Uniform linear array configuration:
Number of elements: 32
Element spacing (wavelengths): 0.5
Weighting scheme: exponential
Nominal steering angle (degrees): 0
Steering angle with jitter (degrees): -1.836
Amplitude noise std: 0.05
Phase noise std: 0.05

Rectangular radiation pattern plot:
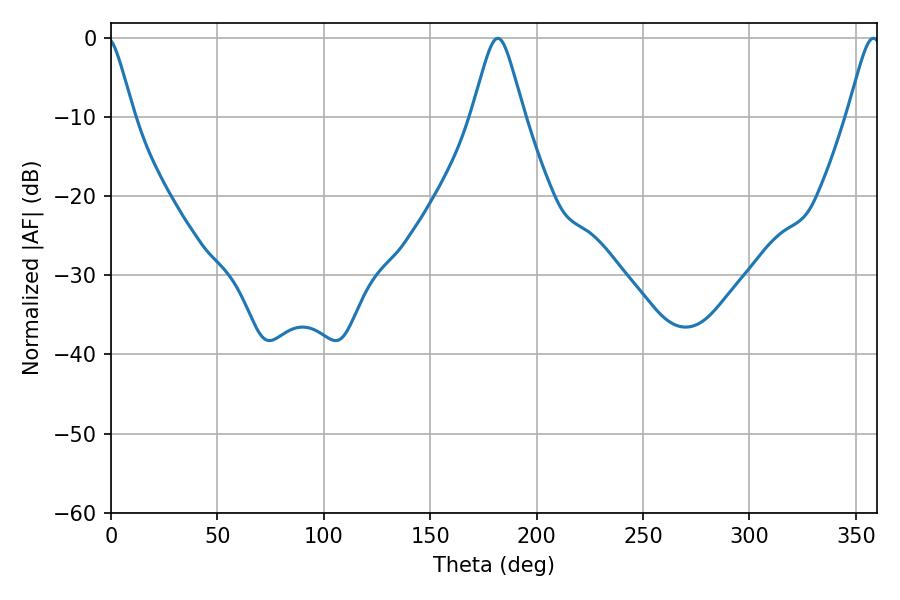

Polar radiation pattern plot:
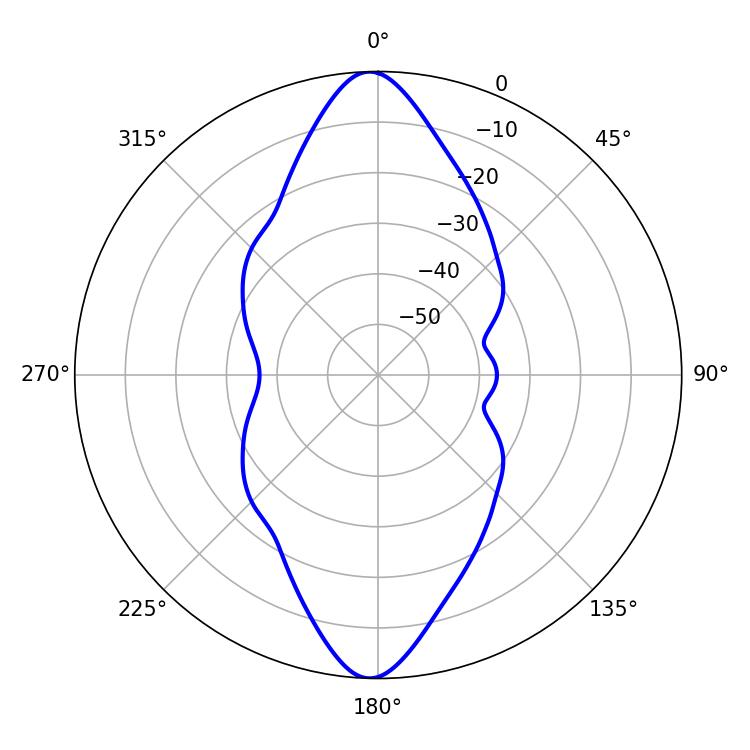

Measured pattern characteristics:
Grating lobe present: FALSE
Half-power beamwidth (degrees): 11.7
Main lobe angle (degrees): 181.8